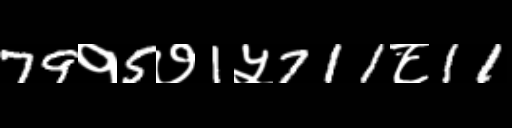
Text: 79१5७1५711८11